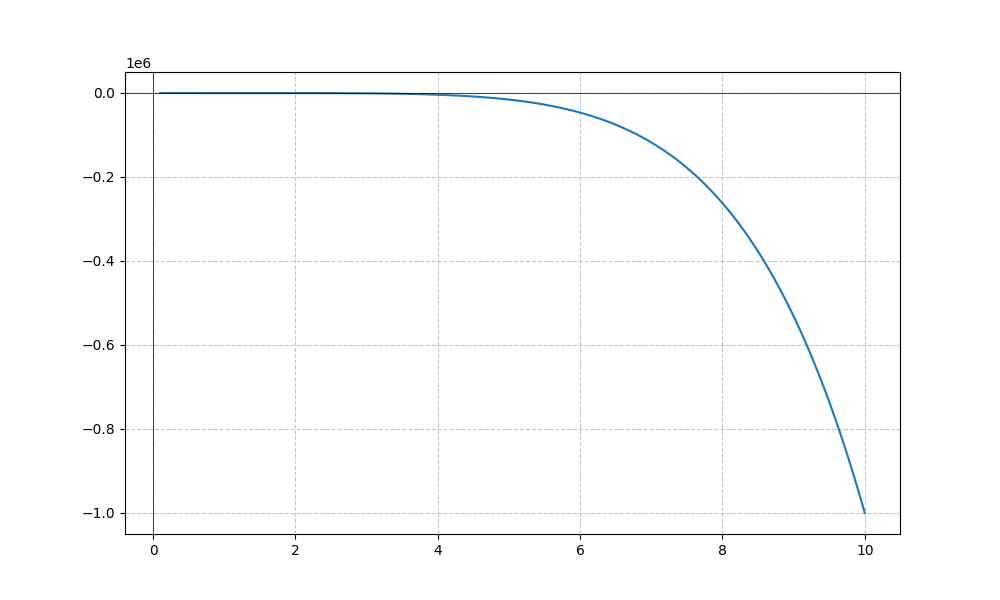
LaTeX formula: - x^{6}